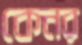
কেনর